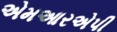
એમઆરએપી